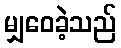
မျှဝေခဲ့သည်